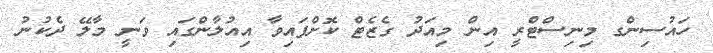
ހައުސިންގ މިނިސްޓްރީ އިން މިއަދު ގެޒެޓް ކޮށްފައިވާ އިއުލާންގައި ވަނީ މާލޭ ދެކުނު